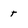
Character: t